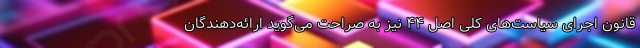
قانون اجرای سیاست‌های کلی اصل ۴۴ نیز به صراحت می‌گوید ارائه‌دهندگان